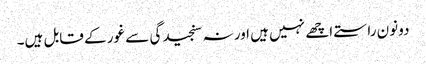
دونون راستے اچھے نہیں ہیں اور نہ سنجیدگی سے غور کے قابل ہیں۔